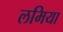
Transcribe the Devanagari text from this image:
लमिया